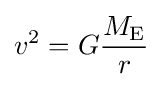
v^{2}=G{\frac {M_{\text{E}}}{r}}